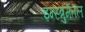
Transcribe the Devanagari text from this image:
इन्स्त्रुमेंतल